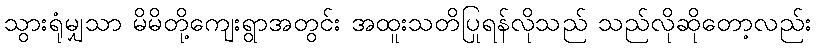
သွားရုံမျှသာ မိမိတို့ကျေးရွာအတွင်း အထူးသတိပြုရန်လိုသည် သည်လိုဆိုတော့လည်း